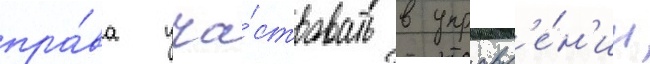
пра́ва уча́ствовать в управл'е́н'ии